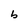
Character: b